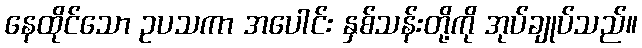
နေထိုင်သော ဥပသကာ အပေါင်း နှစ်သန်းတို့ကို အုပ်ချုပ်သည်။